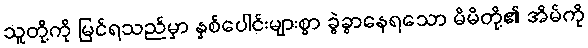
သူတို့ကို မြင်ရသည်မှာ နှစ်ပေါင်းများစွာ ခွဲခွာနေရသော မိမိတို့၏ အိမ်ကို